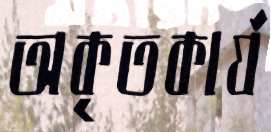
অকৃতকার্য